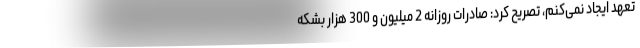
تعهد ایجاد نمی‌کنم، تصریح کرد: صادرات روزانه 2 میلیون و 300 هزار بشکه